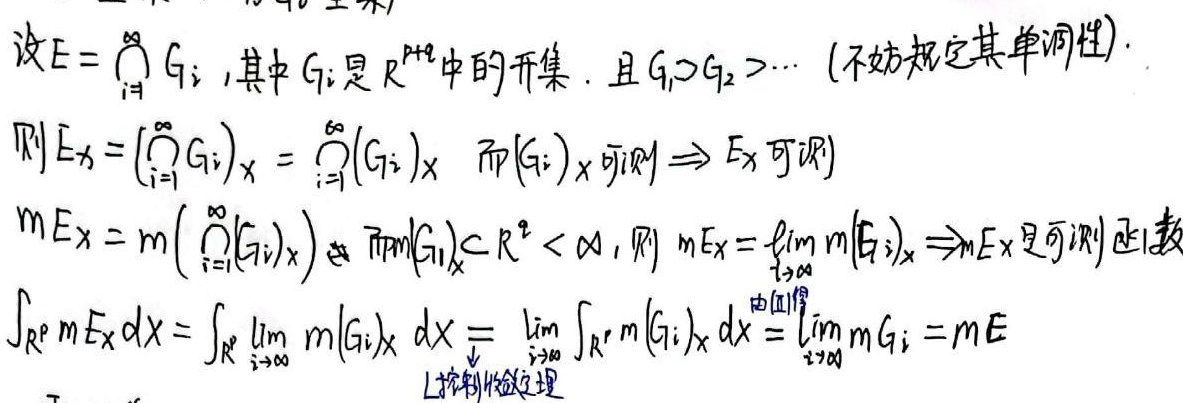
设\(E = \bigcap_{i = 1}^{\infty}G_{i}\)，其中\(G_{i}\)是\(\mathbb{R}^{p + q}\)中的开集，且\(G_{1}\supset G_{2}\supset\cdots\)（不妨规定其单调性）。

则\(E_{x}=(\bigcap_{i = 1}^{\infty}G_{i})_{x}=\bigcap_{i = 1}^{\infty}(G_{i})_{x}\)，而\((G_{i})_{x}\)可测\(\Rightarrow E_{x}\)可测。

\(mE_{x}=m(\bigcap_{i = 1}^{\infty}(G_{i})_{x})\)，又\(\bigcap_{i = 1}^{\infty}(G_{i})_{x}\subset\mathbb{R}^{q}<\infty\)，则\(mE_{x}=\lim_{i\rightarrow\infty}m(G_{i})_{x}\Rightarrow mE_{x}\)是可测正函数。

\(\int_{\mathbb{R}^{p}}mE_{x}dx=\int_{\mathbb{R}^{p}}\lim_{i\rightarrow\infty}m(G_{i})_{x}dx=\lim_{i\rightarrow\infty}\int_{\mathbb{R}^{p}}m(G_{i})_{x}dx=\lim_{i\rightarrow\infty}mG_{i}=mE\)

\(\downarrow\)L - 控制收敛定理